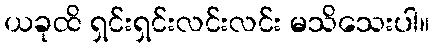
ယခုထိ ရှင်းရှင်းလင်းလင်း မသိသေးပါ။